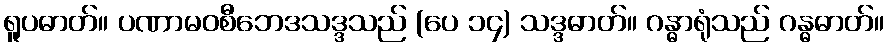
ရူပဓာတ်။ ပဏာမဝစီဘေဒသဒ္ဒသည် (ပေ ၁၄) သဒ္ဒဓာတ်။ ဂန္ဓာရုံသည် ဂန္ဓဓာတ်။